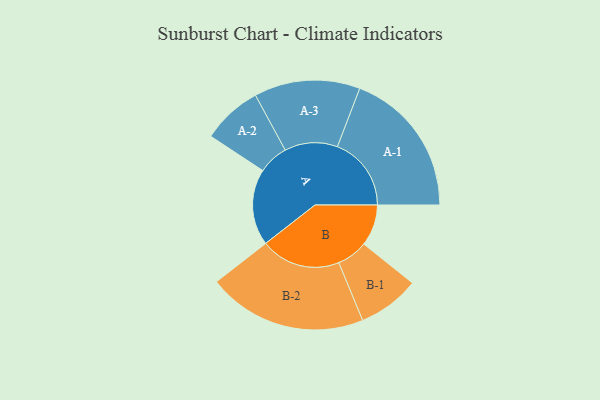
{"axis": {"x": "Segment", "y": "Value"}, "legend": ["", "A", "B"], "data": [{"x": "A", "y": 284, "type": ""}, {"x": "B", "y": 154, "type": ""}, {"x": "A-1", "y": 275, "type": "A"}, {"x": "A-2", "y": 112, "type": "A"}, {"x": "A-3", "y": 197, "type": "A"}, {"x": "B-1", "y": 115, "type": "B"}, {"x": "B-2", "y": 297, "type": "B"}]}